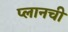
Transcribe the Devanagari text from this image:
प्लानची